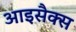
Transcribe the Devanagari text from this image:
आइसैक्स